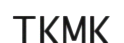
ТКМК